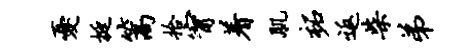
忧挺篙拾甯着肌柘返柴弟